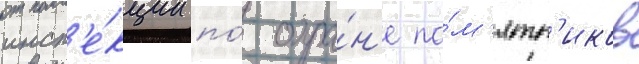
инсп'е́кции по́ охра́н'е па́м'ятн'иков